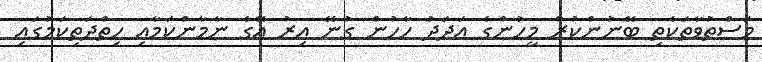
މަސްތުވާތަކެތި ބޭނުންކުރާ މީހުންގެ އަދަދު ހާހުން ގުނޭ އިރު އޭގެ ނާމާންކަމާއި ހިތްދަތިކަމުގައި